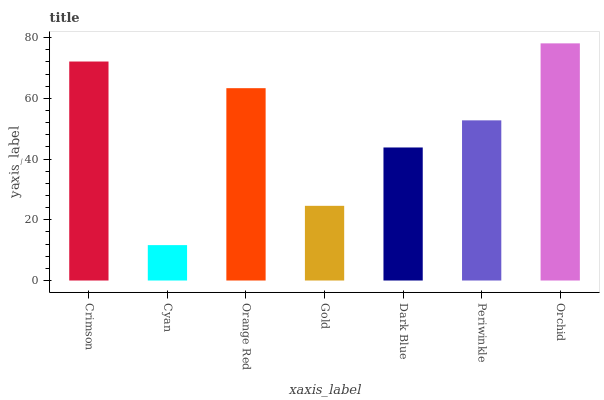
| xaxis_label | bars |
 | --- | --- |
 | Crimson | 72.1 |
 | Cyan | 11.7 |
 | Orange Red | 63.4 |
 | Gold | 24.6 |
 | Dark Blue | 43.8 |
 | Periwinkle | 52.8 |
 | Orchid | 78.1 |